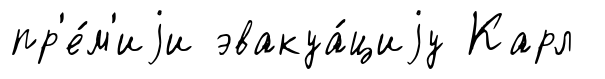
пр'е́м'иjи эвакуа́циjу Карл